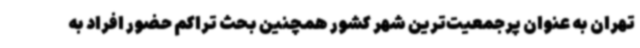
تهران به عنوان پرجمعیت‌ترین شهر کشور همچنین بحث تراکم حضور افراد به